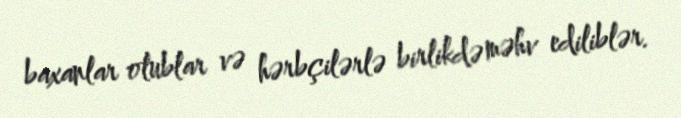
baxanlar olublar və hərbçilərlə birlikdə məhv ediliblər.